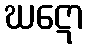
ဃဋော